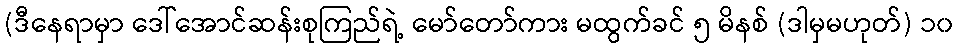
(ဒီနေရာမှာ ဒေါ်အောင်ဆန်းစုကြည်ရဲ့ မော်တော်ကား မထွက်ခင် ၅ မိနစ် (ဒါမှမဟုတ်) ၁၀